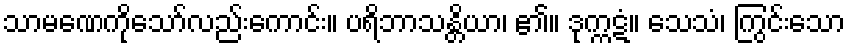
သာမဏေကိုသော်လည်းကောင်း။ ပရိဘာသန္တိယာ၊ ၏။ ဒုက္ကဋံ။ သေသံ၊ ကြွင်းသော